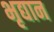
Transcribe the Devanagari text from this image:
भृद्यान